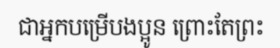
ជាអ្នកបម្រើបងប្អូន ព្រោះតែព្រះ